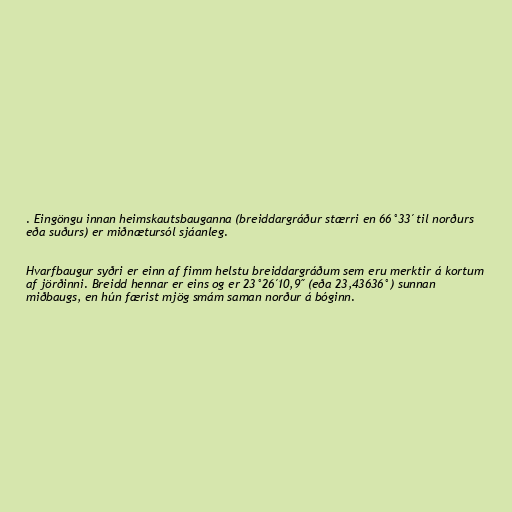
. Eingöngu innan heimskautsbauganna (breiddargráður stærri en 66°33′ til norðurs
eða suðurs) er miðnætursól sjáanleg.

Hvarfbaugur syðri er einn af fimm helstu breiddargráðum sem eru merktir á kortum
af jörðinni. Breidd hennar er eins og er 23°26′10,9″ (eða 23,43636°) sunnan
miðbaugs, en hún færist mjög smám saman norður á bóginn.